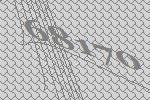
68170